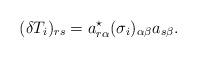
LaTeX: \begin{align*}(\delta T_i)_{rs}= a^\star_{r\alpha}(\sigma_i)_{\alpha\beta}a_{s\beta}.\end{align*}